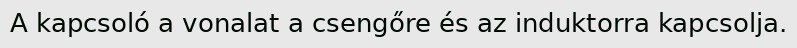
A kapcsoló a vonalat a csengőre és az induktorra kapcsolja.